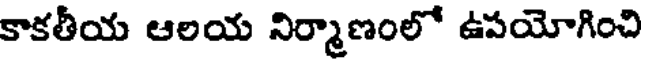
కాకతీయ ఆలయ నిర్మాణంలో ఉపయోగించి